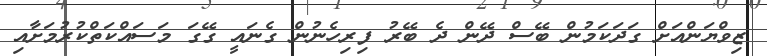
ޒިވްޔަންއަށް ގަދަކަމުން ބޭސް ދޭން ދެ ބޭރު ފިރިހެނުން ގެނައީ ގޭގަ މަސައްކަތްކުރުމަށާއި